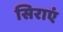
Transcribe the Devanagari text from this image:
सिराएं